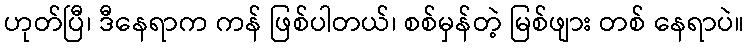
ဟုတ်ပြီ၊ ဒီနေရာက ကန် ဖြစ်ပါတယ်၊ စစ်မှန်တဲ့ မြစ်ဖျား တစ် နေရာပဲ။